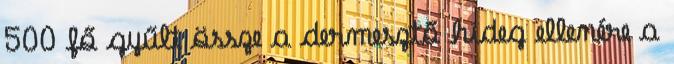
500 fő gyűlt össze a dermesztő hideg ellenére a